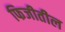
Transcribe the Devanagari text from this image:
फिजीतील